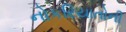
નોકરિયાતોની